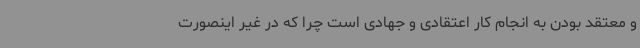
و معتقد بودن به انجام کار اعتقادی و جهادی است چرا که در غیر اینصورت